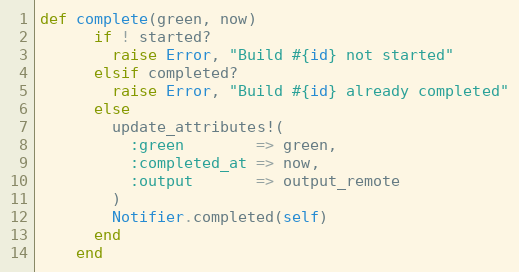
Language: Ruby
def complete(green, now)
      if ! started?
        raise Error, "Build #{id} not started"
      elsif completed?
        raise Error, "Build #{id} already completed"
      else
        update_attributes!(
          :green        => green,
          :completed_at => now,
          :output       => output_remote
        )
        Notifier.completed(self)
      end
    end